Papaver somniferum - Opium : an extract from the sixth volume of the Dictionary of Economic Products of India
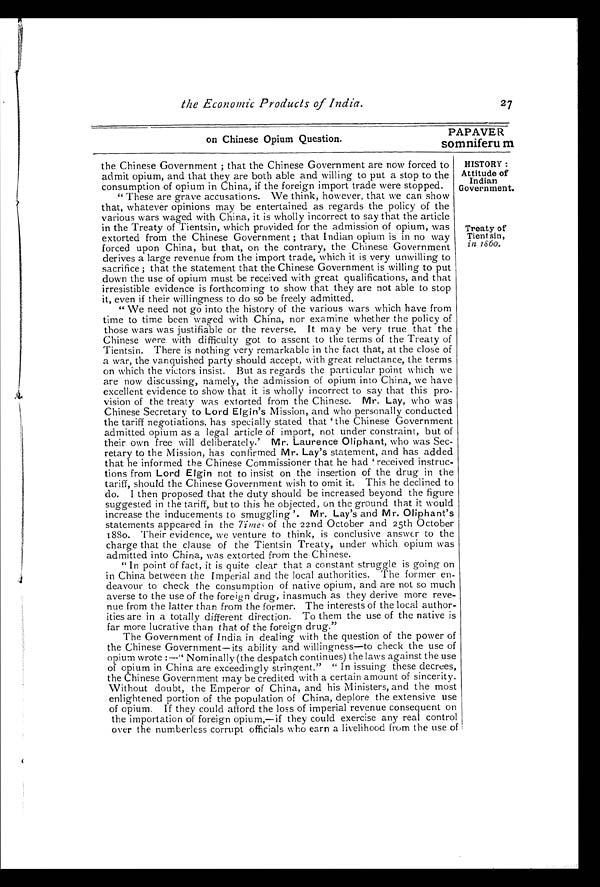
on Chinese Opium Question.
PAPAVER
somniferum
the Economic Products of India.
27
HISTORY:
Attitude of
Indian
Government.
the Chinese Government; that the Chinese Government are now forced to
admit opium, and that they are both able and willing to put a stop to the
consumption of opium in China, if the foreign import trade were stopped.
" These are grave accusations. We think, however, that we can show
that, whatever opinions may be entertained as regards the policy of the
various wars waged with China, it is wholly incorrect to say that the article
in the Treaty of Tientsin, which provided for the admission of opium, was
extorted from the Chinese Government; that Indian opium is in no way
forced upon China, but that, on the contrary, the Chinese Government
derives a large revenue from the import trade, which it is very unwilling to
sacrifice; that the statement that the Chinese Government is willing to put
down the use of opium must be received with great qualifications, and that
irresistible evidence is forthcoming to show that they are not able to stop
it, even if their willingness to do so be freely admitted.
" We need not go into the history of the various wars which have from
time to time been waged with China, nor examine whether the policy of
those wars was justifiable or the reverse. It may be very true that the
Chinese were with difficulty got to assent to the terms of the Treaty of
Tientsin. There is nothing very remarkable in the fact that, at the close of
a war, the vanquished party should accept, with great reluctance, the terms
on which the victors insist. But as regards the particular point which we
are now discussing, namely, the admission of opium into China, we have
excellent evidence to show that it is wholly incorrect to say that this pro-
vision of the treaty was extorted from the Chinese. Mr. Lay, who was
Chinese Secretary to Lord Elgin's Mission, and who personally conducted
the tariff negotiations, has specially stated that ' the Chinese Government
admitted opium as a legal article of import, not under constraint, but of
their own free will deliberately.' Mr. Laurence Oliphant, who was Sec-
retary to the Mission, has confirmed Mr. Lay's statement, and has added
that he informed the Chinese Commissioner that he had 'received instruc-
tions from Lord Elgin not to insist on the insertion of the drug in the
tariff, should the Chinese Government wish to omit it. This he declined to
do. I then proposed that the duty should be increased beyond the figure
suggested in the tariff, but to this he objected, on the ground that it would
increase the inducements to smuggling '. Mr. Lay's and Mr. Oliphant's
statements appeared in the Times of the 22nd October and 25th October
1880. Their evidence, we venture to think, is conclusive answer to the
charge that the clause of the Tientsin Treaty, under which opium was
admitted into China, was extorted from the Chinese.
" In point of fact, it is quite clear that a constant struggle is going on
in China between the Imperial and the local authorities. The former en-
deavour to check the consumption of native opium, and are not so much
averse to the use of the foreign drug, inasmuch as they derive more reve-
nue from the latter than from the former. The interests of the local author-
ities are in a totally different direction. To them the use of the native is
far more lucrative than that of the foreign drug."
The Government of India in dealing with the question of the power of
the Chinese Government—its ability and willingness—to check the use of
opium wrote:—" Nominally (the despatchc o n t i n u e s )
t h e l a w s a g a i n s t t h e u s e
of opium in China are exceedingly stringent." " In issuing these decrees,
the Chinese Government may be credited with a certain amount of sincerity.
Without doubt, the Emperor of China, and his Ministers, and the most
enlightened portion of the population of China, deplore the extensive use
of opium. If they could afford the loss of imperial revenue consequent on
the importation of foreign opium,—if they could exercise any real control
over the numberless corrupt officials who earn a livelihood from the use of
Treaty of
Tientsin,
in 1860.